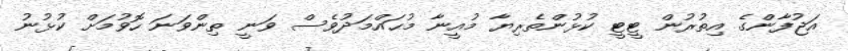
އަޖުފާންގެ އިތުރުން ޓީޓީ ކުޅުންތެރިޔާ މުއީނާ މުޙައްމަދުވެސް ވަނީ ތިންވަނަ ހޮވުމަށް ކުޅުނު